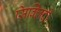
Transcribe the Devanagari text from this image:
सिक्लिदी